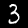
Label: 3